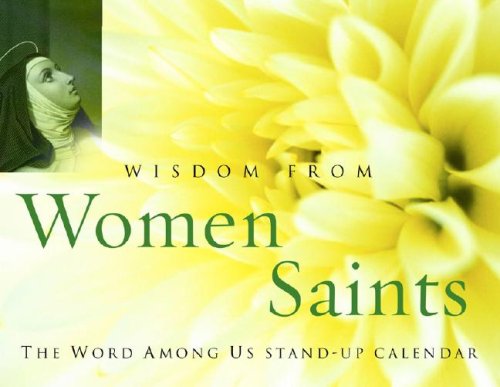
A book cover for Wisdom from Women Saints, Stand-Up Calendar; Jeanne Kun; Calendars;